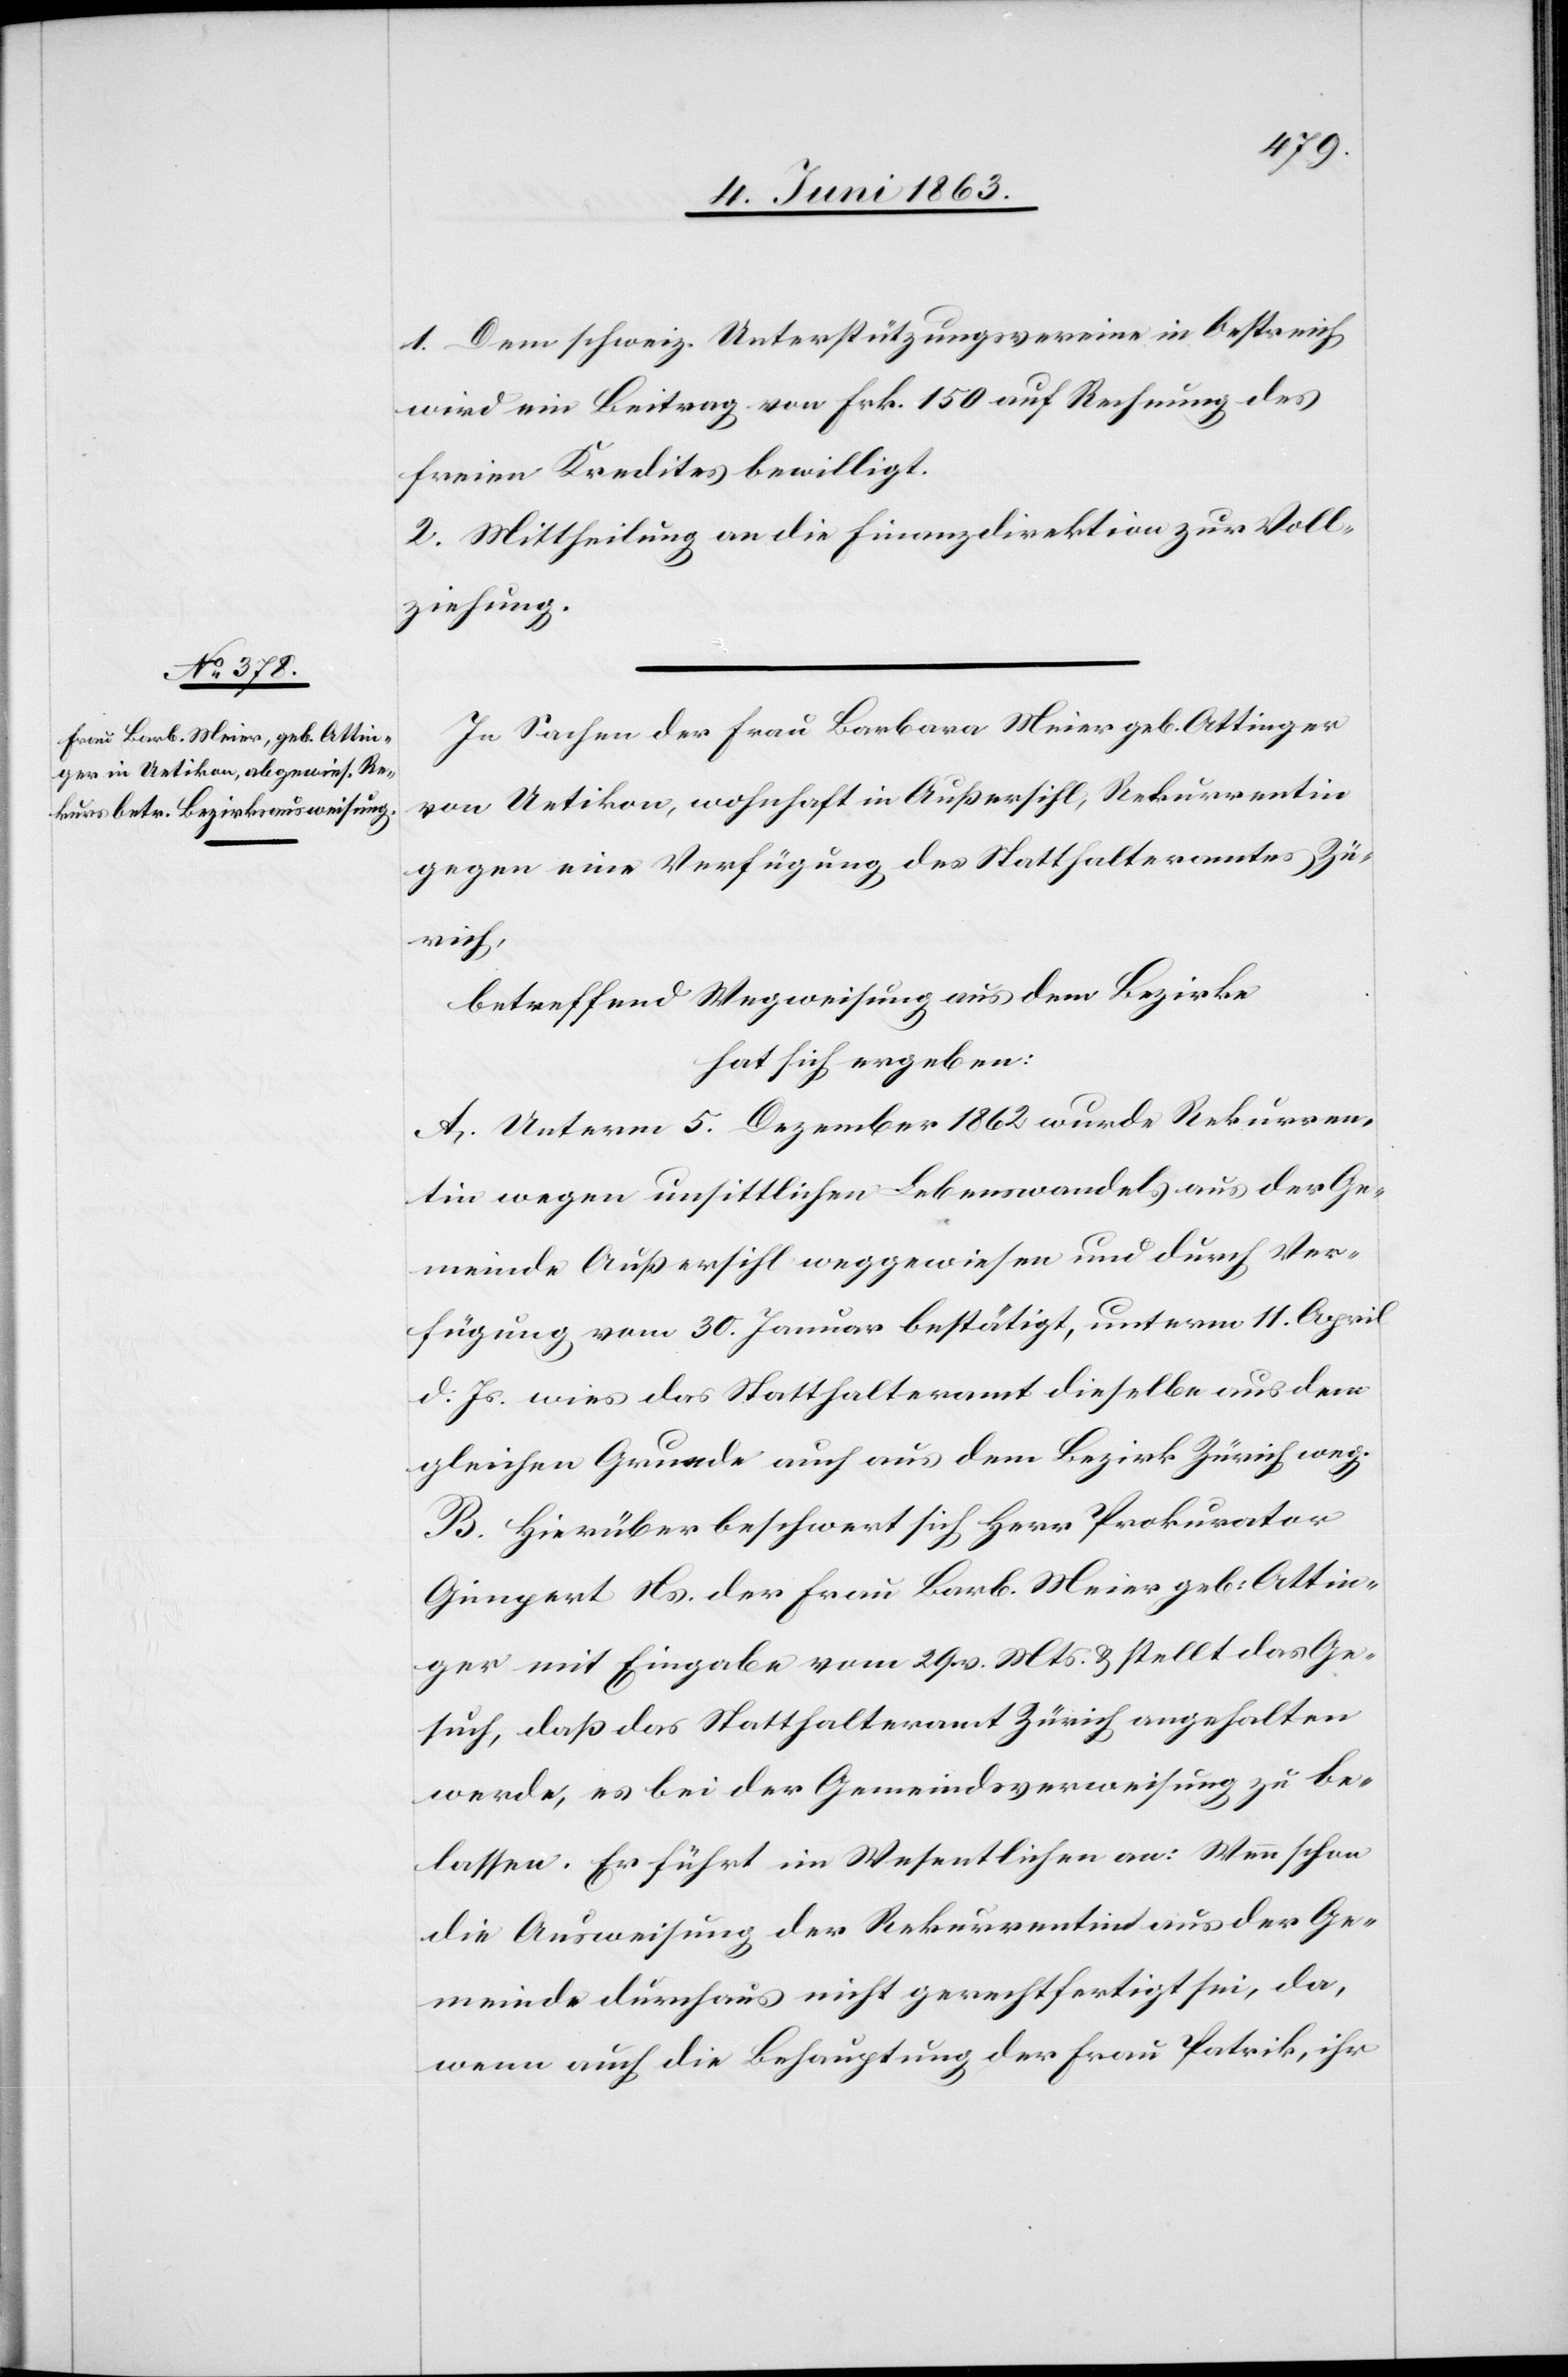
1. Dem schweiz. Unterstützungsvereine in Oestreich
wird ein Beitrag von Frk. 150 auf Rechnung des
freien Kredites bewilligt.
2. Mittheilung an die Finanzdirektion zur Voll¬
ziehung.
In Sachen der Frau Barbara Meier geb. Attinger
von Uetikon, wohnhaft in Außersihl, Rekurrentin
gegen eine Verfügung des Statthalteramtes Zü¬
rich,
betreffend Wegweisung aus dem Bezirke
hat sich ergeben:
A. Unterm 5. Dezember 1862 wurde Rekurren¬
tin wegen unsittlichen Lebenswandels aus der Ge¬
meinde Außersihl weggewiesen und durch Ver¬
fügung vom 30. Januar bestätigt, unterm 11. April
d. Js. wies das Statthalteramt dieselbe aus dem
gleichen Grunde auch aus dem Bezirk Zürich weg.
B. Hierüber beschwert sich Herr Prokurator
Gimpert Ns. der Frau Barb. Meier geb: Attin¬
ger mit Eingabe vom 29. v. Mts. & stellt das Ge¬
such, daß das Statthalteramt Zürich angehalten
werde, es bei der Gemeindsverweisung zu be¬
lassen. Er führt im Wesentlichen an: Wenn schon
die Ausweisung der Rekurrentin aus der Ge¬
meinde durchaus nicht gerechtfertigt sei, da,
wenn auch die Behauptung der Frau Patrik, ihr